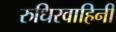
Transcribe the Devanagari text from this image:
रुधिरवाहिनी